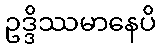
ဥဒ္ဒိဿမာနေပိ